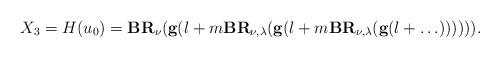
LaTeX: \begin{align*}X_3=H(u_0)=\textbf{BR}_{\nu}(\textbf{g}(l+m\textbf{BR}_{\nu,\lambda}(\textbf{g}(l+m\textbf{BR}_{\nu,\lambda}(\textbf{g}(l+\ldots)))))).\end{align*}